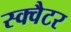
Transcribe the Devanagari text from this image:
स्क्वैटर